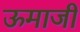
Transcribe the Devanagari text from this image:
ऊमाजी